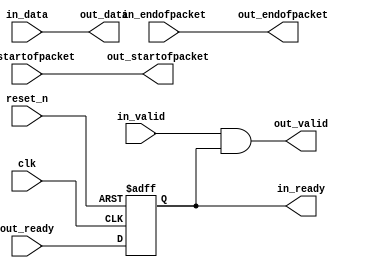
// --------------------------------------------------------------------------------
//| Avalon Streaming Timing Adapter
// --------------------------------------------------------------------------------
// altera message_level level1

`timescale 1ns / 100ps
module soc_system_timing_adapter_0 (
    
      // Interface: clk
      input              clk,
      // Interface: reset
      input              reset_n,
      // Interface: in
      output reg         in_ready,
      input              in_valid,
      input      [23: 0] in_data,
      input              in_startofpacket,
      input              in_endofpacket,
      // Interface: out
      input              out_ready,
      output reg         out_valid,
      output reg [23: 0] out_data,
      output reg         out_startofpacket,
      output reg         out_endofpacket
);




   // ---------------------------------------------------------------------
   //| Signal Declarations
   // ---------------------------------------------------------------------

   reg  [25: 0] in_payload;
   reg  [25: 0] out_payload;
   reg  [ 1: 0] ready;


   // ---------------------------------------------------------------------
   //| Payload Mapping
   // ---------------------------------------------------------------------
   always @* begin
     in_payload = {in_data,in_startofpacket,in_endofpacket};
     {out_data,out_startofpacket,out_endofpacket} = out_payload;
   end

   // ---------------------------------------------------------------------
   //| Ready & valid signals.
   // ---------------------------------------------------------------------
   always @* begin
     ready[1] = out_ready;
     out_valid = in_valid && ready[0];
     out_payload = in_payload;
     in_ready = ready[0];
   end


   always @(posedge clk or negedge reset_n) begin
      if (!reset_n) begin
        ready[1-1:0] <= 0;
      end else begin
        ready[1-1:0] <= ready[1:1];
      end 
   end


endmodule